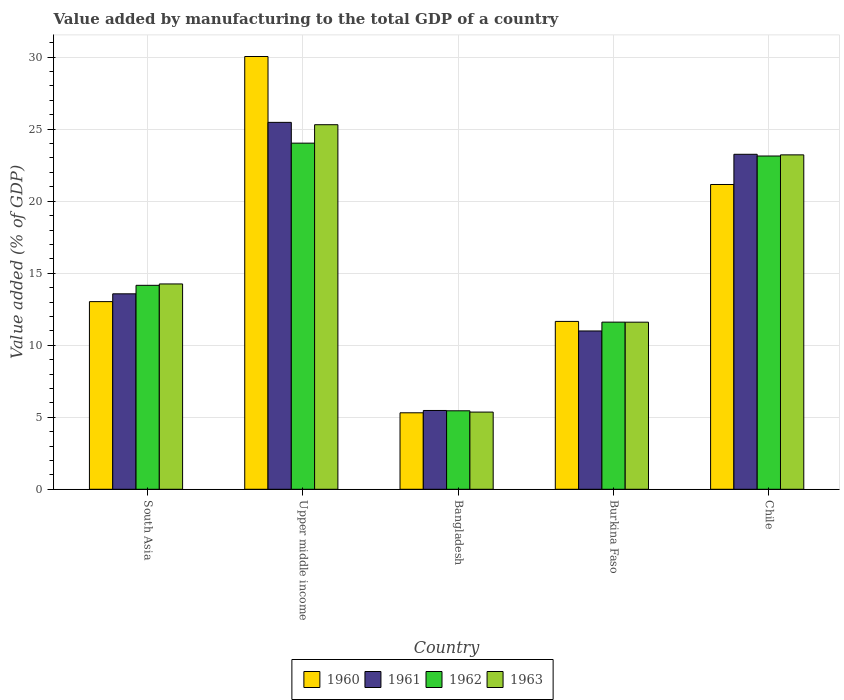
| Country | 1960 | 1961 | 1962 | 1963 |
 | --- | --- | --- | --- | --- |
 | South Asia | 13 | 13.6 | 14.2 | 14.3 |
 | Upper middle income | 30 | 25.5 | 24 | 25.3 |
 | Bangladesh | 5.31 | 5.47 | 5.45 | 5.36 |
 | Burkina Faso | 11.7 | 11 | 11.6 | 11.6 |
 | Chile | 21.2 | 23.3 | 23.1 | 23.2 |